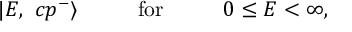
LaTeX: | E , \ c p ^ { - } \rangle \phantom { 0 0 0 0 0 } \mathrm { f o r } \phantom { 0 0 0 0 0 } 0 \leq E < \infty ,